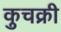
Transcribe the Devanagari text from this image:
कुचक्री